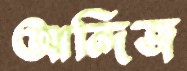
আন্দিজ